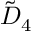
{ \tilde { D } } _ { 4 }